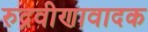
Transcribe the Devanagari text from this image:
रुद्रवीणावादक